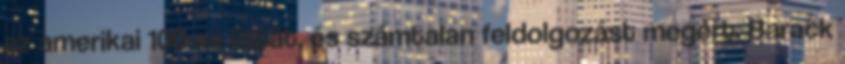
az amerikai 100-as listát, és számtalan feldolgozást megért. Barack